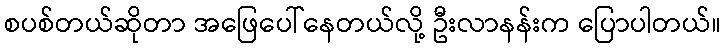
စပစ်တယ်ဆိုတာ အဖြေပေါ်နေတယ်လို့ ဦးလာနန်းက ပြောပါတယ်။